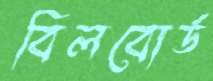
বিলবোর্ড